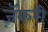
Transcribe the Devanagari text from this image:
ज़ॅकरी